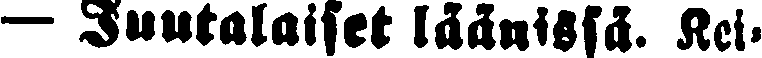
— Juutalaiset läänissä. Kei-